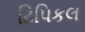
ટિપિકલ